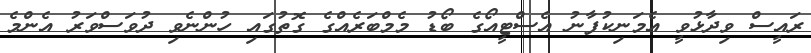
ރައީސް ވިދާޅުވީ އެމަނިކުފާނު އެސްޓީއޯގެ ބޯޑު މެމްބަރެއްގެ ގޮތުގައި ހުންނެވި ދުވަސްވަރު އެންމެ